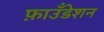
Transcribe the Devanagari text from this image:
फ़ाउँडेशन